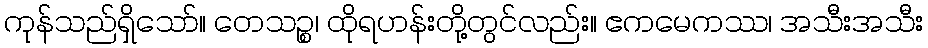
ကုန်သည်ရှိသော်။ တေသဉ္စ၊ ထိုရဟန်းတို့တွင်လည်း။ ဧကမေကဿ၊ အသီးအသီး